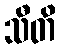
သီတိ